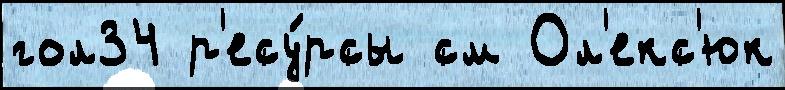
гол34 р'есу́рсы см Ол'екс'юк